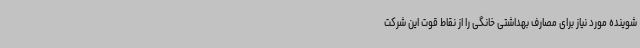
شوینده مورد نیاز برای مصارف بهداشتی خانگی را از نقاط قوت این شرکت